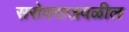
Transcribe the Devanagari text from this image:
सरोवराजवळील